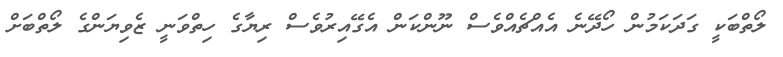
ލޯތްބަކީ ގަދަކަމުން ހޯދޭނެ އެއްޗެއްވެސް ނޫންކަން އެގޭއިރުވެސް ރިޔާގެ ހިތްވަނީ ޒެވިޔަންގެ ލޯތްބަށް